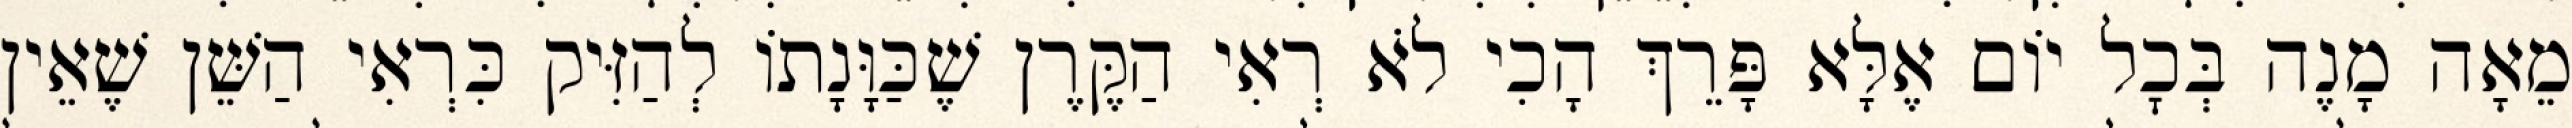
מֵאָה מָנֶה בְּכׇל יוֹם אֶלָּא פָּרֵךְ הָכִי לֹא רְאִי הַקֶּרֶן שֶׁכַּוָּנָתוֹ לְהַזִּיק כִּרְאִי הַשֵּׁן שֶׁאֵין